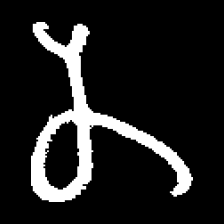
Pyu character \u2014 Myanmar letter: န (romanized: na)